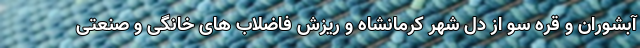
آبشوران و قره سو از دل شهر کرمانشاه و ریزش فاضلاب های خانگی و صنعتی